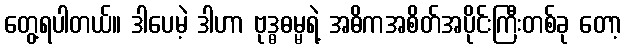
တွေ့ရပါတယ်။ ဒါပေမဲ့ ဒါဟာ ဗုဒ္ဓဓမ္မရဲ့ အဓိကအစိတ်အပိုင်းကြီးတစ်ခု တော့